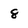
Character: 8